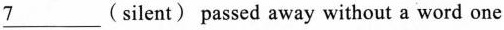
\underline{7}___(silent) passed away without a word one